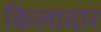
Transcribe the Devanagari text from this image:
किलादार